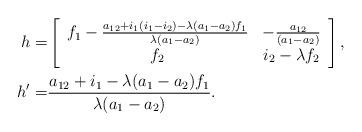
LaTeX: \begin{align*} h=&\left[\begin{array}{cc} f_{1}-\frac{a_{12}+i_1(i_1-i_2)-\lambda(a_1-a_2)f_{1}}{\lambda(a_1-a_2)} & -\frac{a_{12}}{(a_1-a_2)}\\ f_{2} & i_2-\lambda f_2 \end{array}\right],\\ h'=& \frac{a_{12}+i_1-\lambda(a_1-a_2)f_{1}}{\lambda(a_1-a_2)}. \end{align*}